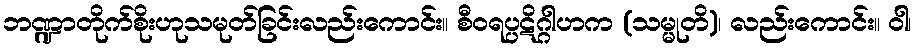
ဘဏ္ဍာတိုက်စိုးဟုသမုတ်ခြင်းလည်းကောင်း။ စီဝရပ္ပဋိဂ္ဂါဟက (သမ္မုတိ)၊ လည်းကောင်း။ ဝါ၊